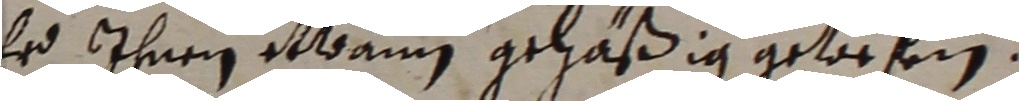
er ihnen eann gehäßig gewofen.